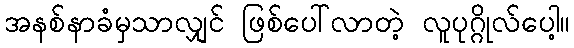
အနစ်နာခံမှသာလျှင် ဖြစ်ပေါ်လာတဲ့ လူပုဂ္ဂိုလ်ပေါ့။